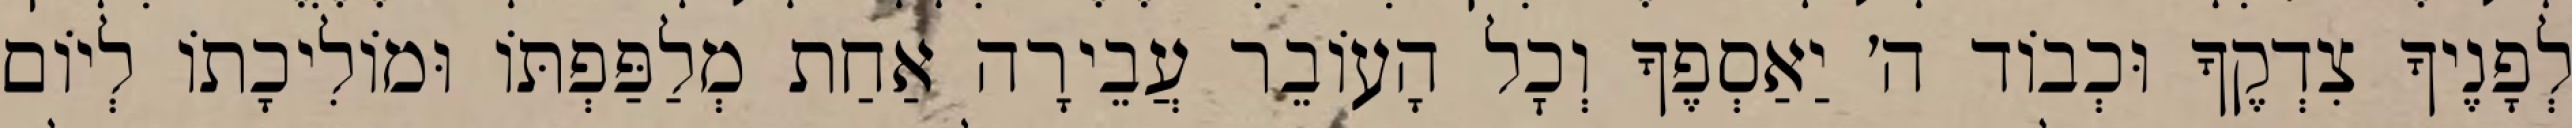
לְפָנֶיךָ צִדְקֶךָ וּכְבוֹד ה׳ יַאַסְפֶךָ וְכׇל הָעוֹבֵר עֲבֵירָה אַחַת מְלַפַּפְתּוֹ וּמוֹלִיכָתוֹ לְיוֹם